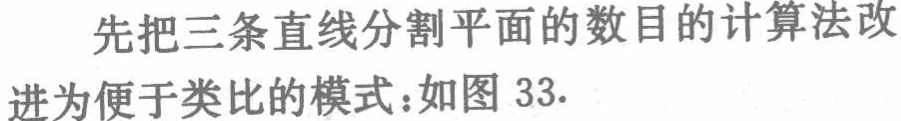
先把三条直线分割平面的数目的计算法改
进为便于类比的模式：如图 33.